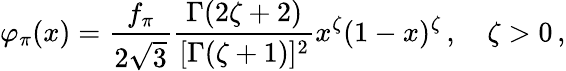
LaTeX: \varphi_{\pi}(x)=\frac{f_{\pi}}{2\sqrt{3}}\frac{\Gamma(2\zeta+2)}{[\Gamma(\zeta+1)]^{2}}x^{\zeta}(1-x)^{\zeta}\, ,\quad\zeta>0\, ,